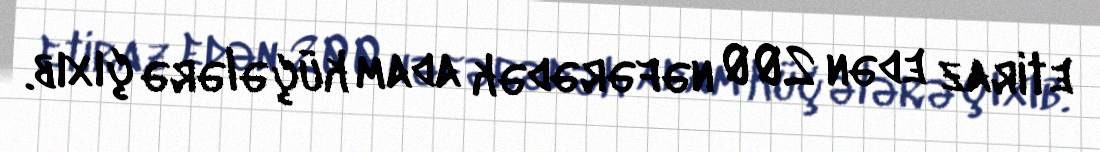
etiraz edən 200 nəfərədək adam küçələrə çıxıb.